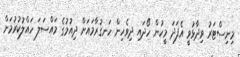
މިނިސްޓަރު ވިދާޅުވީ އެފަދަ މީހުން ހޯދައި ދިވެހިން ހަނގުރާމައަށް ދިއުމުގެ މައްސަލަ ހައްލުކުރުމަށް